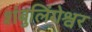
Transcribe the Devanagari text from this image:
शंबुलिंगेश्वर